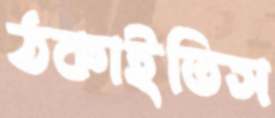
ঠকাইতিস